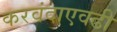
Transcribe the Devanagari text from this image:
करवंदाएवढी